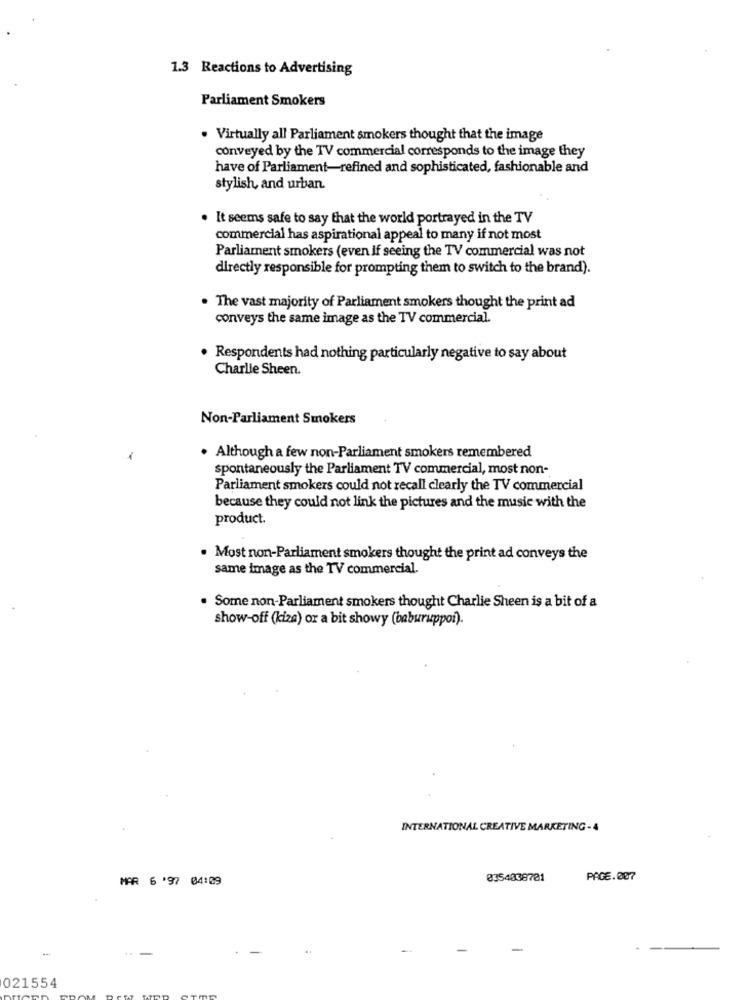
1.3 Reactions to Advertising
Parliament Smokers
. Virtually all Parliament smokers thought that the image
conveyed by the TV commercial corresponds to the image they
have of Parliament-refined and sophisticated, fashionable and
stylish, and urban.
. It seems safe to say that the world portrayed in the TV
commercial has aspirational appeal to many if not most
Parliament smokers (even if seeing the TV commercial was not
directly responsible for prompting them to switch to the brand).
. The vast majority of Parliament smokers thought the print ad
conveys the same image as the TV commercial.
· Respondents had nothing particularly negative to say about
Charlie Sheen.
Non-Parliament Smokers
. Although a few non-Parliament smokers remembered
spontaneously the Parliament TV commercial, most non-
Parliament smokers could not recall clearly the TV commercial
because they could not link the pictures and the music with the
product.
. Most non-Parliament smokers thought the print ad conveys the
same image as the TV commercial.
. Some non-Parliament smokers thought Charlie Sheen is a bit of a
show-off (kiza) or a bit showy (baburuppoi).
INTERNATIONAL CREATIVE MARKETING -4
MAR 6 '97 04:09
0354038721
PAGE.007
021554